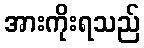
အားကိုးရသည်